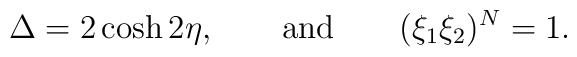
\Delta =2\cosh 2\eta ,\qquad {\rm and}\qquad (\xi _{1}\xi _{2})^{N}=1.